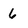
Character: 6